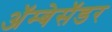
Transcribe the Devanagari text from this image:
अॅम्बेसॅडर